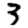
Digit: 3